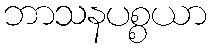
ဘာသနပစ္စယာ